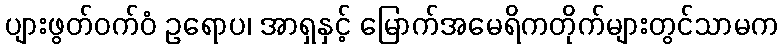
ပျားဖွတ်ဝက်ဝံ ဥရောပ၊ အာရှနှင့် မြောက်အမေရိကတိုက်များတွင်သာမက